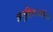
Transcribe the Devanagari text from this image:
अपुष्टिताजनित